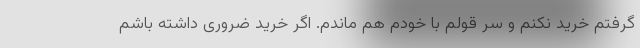
گرفتم خرید نکنم و سر قولم با خودم هم ماندم. اگر خرید ضروری داشته باشم